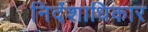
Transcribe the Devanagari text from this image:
निर्देशाधिकार